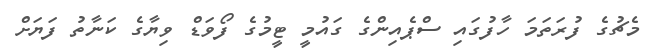
މެޗުގެ ފުރަތަމަ ހާފުގައި ސްޕެއިންގެ ގައުމީ ޓީމުގެ ފޯވަޑް ވިޔާގެ ކަނާތު ފަޔަށް